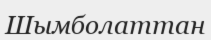
Шымболаттан